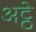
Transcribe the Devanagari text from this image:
अट्ठे